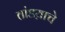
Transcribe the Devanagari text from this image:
तांडय़ाचे